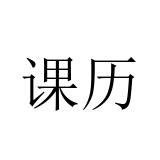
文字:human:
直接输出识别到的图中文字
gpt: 课历